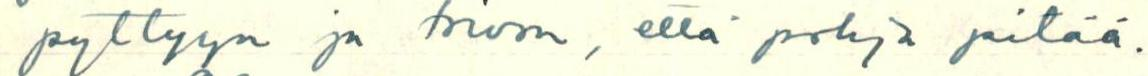
pyttyyn ja toivon, että pohja pitää.